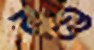
মণ্ড